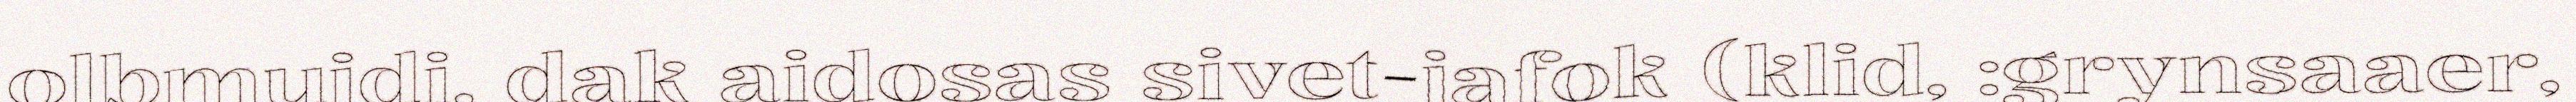
olbmuidi, dak aidosas sivet-jafok (klid, :grynsaaer,